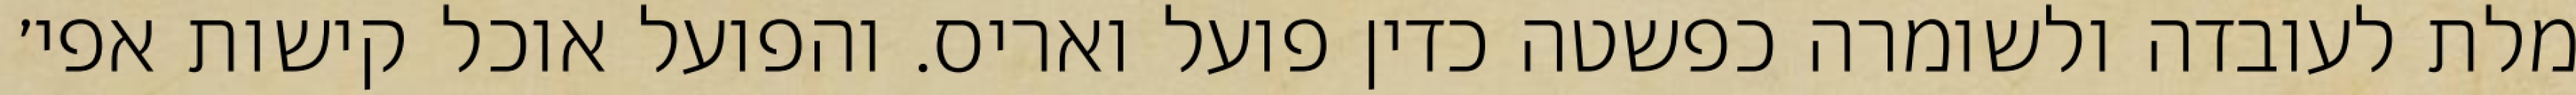
מלת לעובדה ולשומרה כפשטה כדין פועל ואריס. והפועל אוכל קישות אפי׳